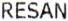
RESAN